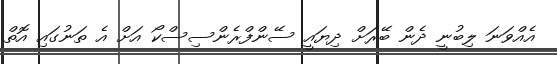
އެއްވަނަ ލިބުނީ ދެން ބޭރަށް ދިޔައީ ސޭންފްރެންސިސްކޯ އަށް އެ ތަނުގައި އޮތް